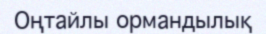
Оңтайлы ормандылық